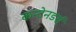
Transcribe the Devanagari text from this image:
कन्टेनडर्स